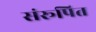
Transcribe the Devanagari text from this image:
संरूपित